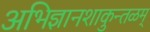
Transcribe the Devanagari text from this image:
अभिज्ञानशाकुन्तळम्